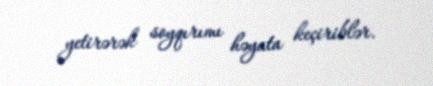
yetirərək soyqırımı həyata keçiriblər.